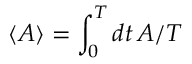
\langle A \rangle = \int _ { 0 } ^ { T } d t \, A / T